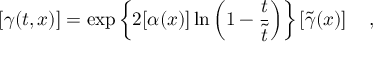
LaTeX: \left[ \gamma ( t , x ) \right] = \exp \left\{ 2 [ \alpha ( x ) ] \ln \left( 1 - \frac { t } { \tilde { t } } \right) \right\} \left[ \tilde { \gamma } ( x ) \right] ~ ~ ~ ,